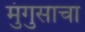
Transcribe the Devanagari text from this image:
मुंगुसाचा